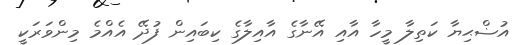
އުޟްޙިޔާ ކަތިލާ މީހާ އާއި އޭނާގެ އާއިލާގެ ކިބައިން ފުދޭ އެއްމެ މިންވަރަކީ